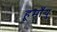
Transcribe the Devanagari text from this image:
हूमाँयु